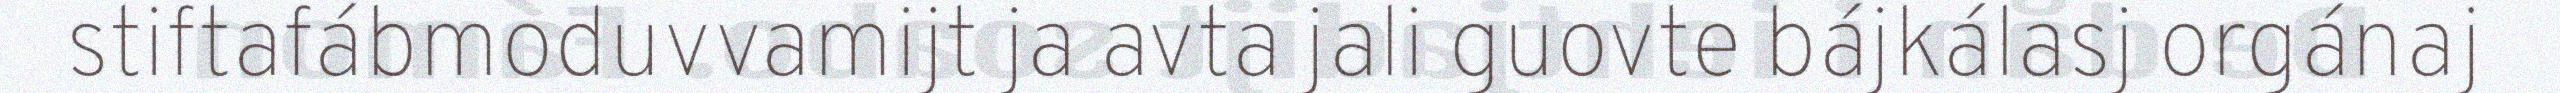
stiftafábmoduvvamijt ja avta jali guovte bájkálasj orgánaj